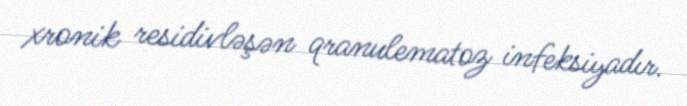
xronik residivləşən qranulematoz infeksiyadır.